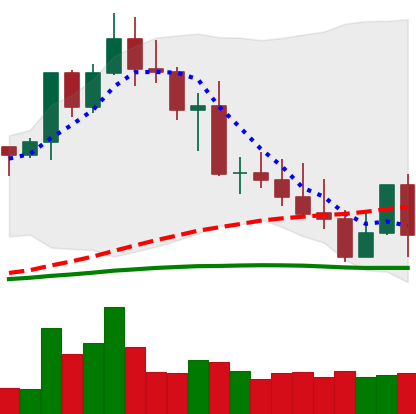
Ticker: XMR-USD
Chart end date: 2022-05-05
Forward return: -21.133%
Label: down_7plus